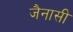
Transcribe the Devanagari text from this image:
जैनासी